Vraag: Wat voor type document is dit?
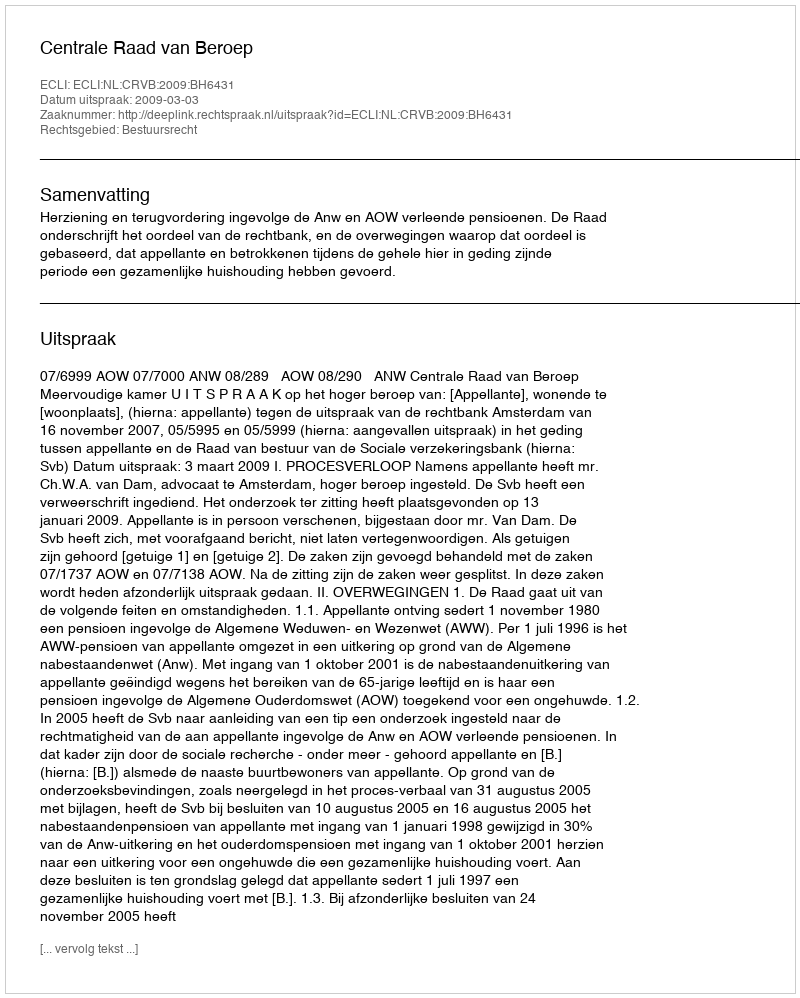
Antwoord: Uitspraak